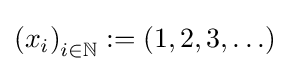
\left(x_{i}\right)_{i\in \mathbb {N} }:=(1,2,3,\ldots )